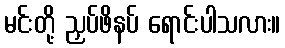
မင်းတို့ ညှပ်ဖိနပ် ရောင်းပါသလား။